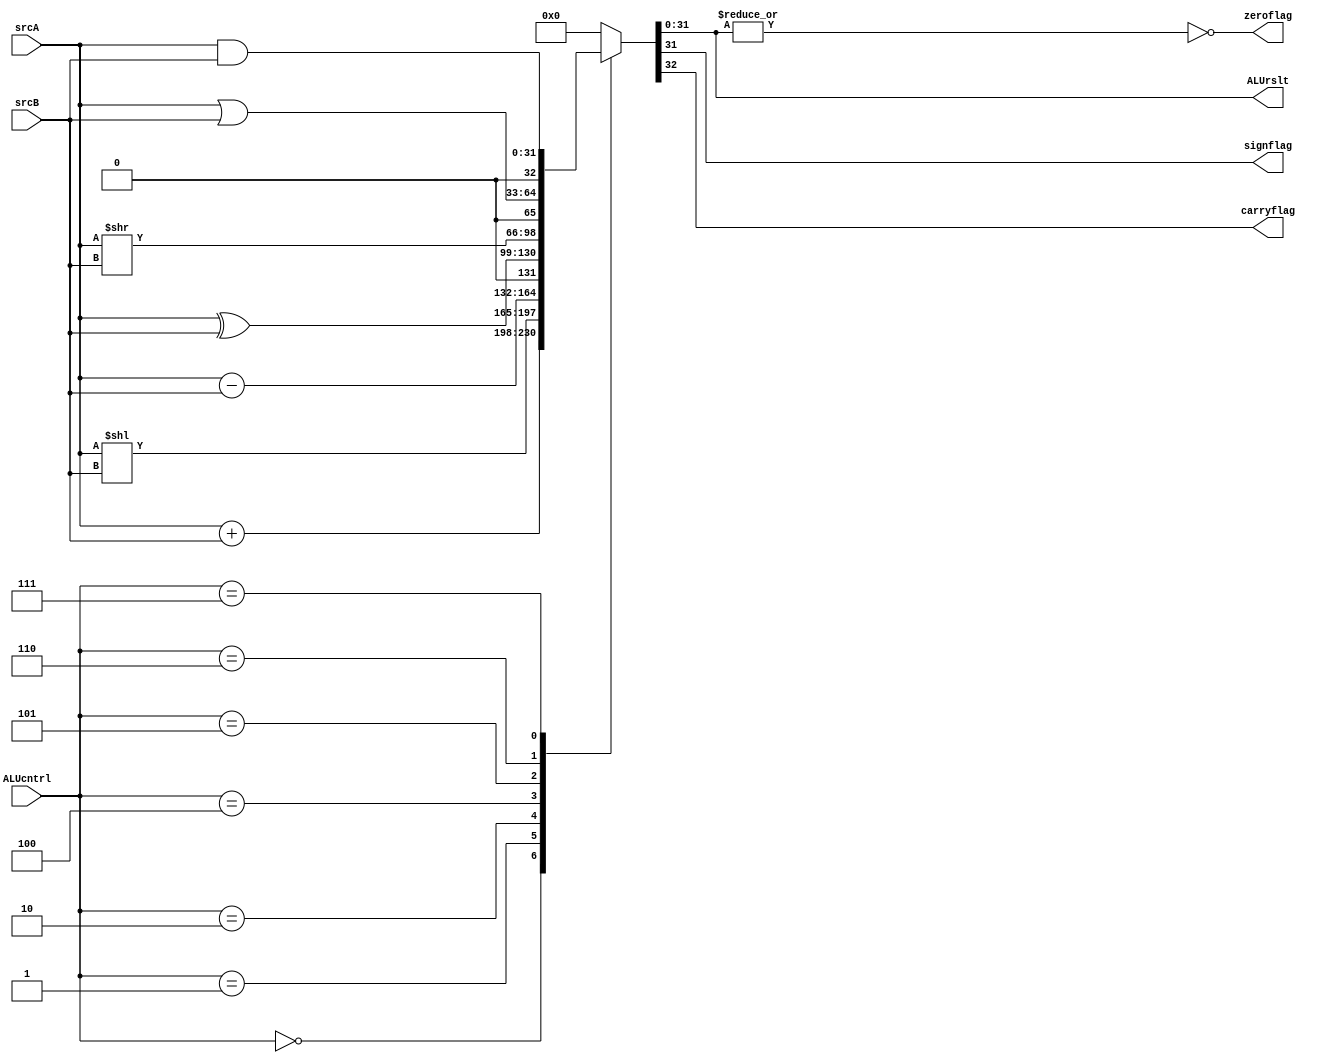
module ALU(
input      [31:0] srcA,srcB,
input      [2:0]  ALUcntrl,
output reg [31:0] ALUrslt,
output reg        zeroflag,signflag,carryflag
);

reg [32:0] out;


always @(*)
begin
	case (ALUcntrl)
	3'b000: 
		begin
		out = srcA + srcB;
		end
	3'b001:
		begin
		out = srcA<<(srcB);
		end
 	3'b010:
		begin
		out = srcA - srcB;
		end
 	3'b100:
		begin
		out = srcA^srcB;
		end
	3'b101:
		begin
		out = srcA>>(srcB);
		end
	3'b110:
		begin
		out = srcA | srcB;
		end
	3'b111:
		begin
		out = srcA & srcB;
		end
 	default: 
		begin
		out = 0;
		end
	endcase
ALUrslt   = out[31:0]  ;

zeroflag  = ~| ALUrslt ;

carryflag = out[32]    ;

signflag  = ALUrslt[31];


end

endmodule